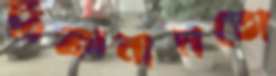
ঠিকানামতো